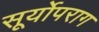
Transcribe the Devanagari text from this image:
सूर्योपराग